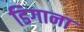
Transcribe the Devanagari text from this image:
डिगाना